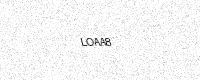
Text: LOAA8